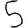
Digit: 5